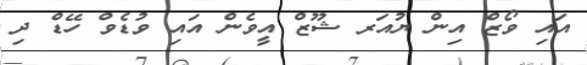
އައި ވޯޒް އިން ޔުއަރ ޝޫޒްް އީވެން އައި ވުޑެވް ހޭޑް ދި